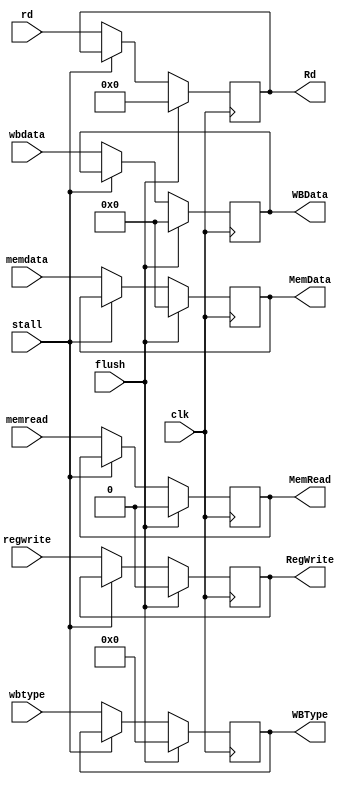
module MEM_WB
(
		input clk,                // the clock
		input stall,              // pause
		input flush,
		input [31:0] memdata,     // the input memdata
		output reg [31:0] MemData,// the output MemData
		input [3:0] wbtype,       // the input wbtype,
		output reg [3:0] WBType,  // the output WBType,
		input [31:0] wbdata,      // the input wbdata,
		output reg [31:0] WBData, // the output WBData,
		input memread,            // the input memread,
		output reg MemRead,       // the output MemRead,
		input regwrite,           // the input regwrite,
		output reg RegWrite,      // the ourput regwrite,
		input [4:0] rd,           // the input rd,
		output reg [4:0] Rd      // the output Rd
);

initial begin
	MemRead<=0;
	RegWrite<=0;
	MemData<=0;
	WBData<=0;
	WBType<=0;
	Rd<=0;
end


always @ (posedge clk)
begin
		if (stall==0)
		begin
			MemData<=memdata;
			WBType<=wbtype;
			WBData<=wbdata;
			MemRead<=memread;
			RegWrite<=regwrite;
			Rd<=rd;
		end
		if (flush==1)
		begin
			MemData<=32'h0;
			WBType<=4'h0;
			WBData<=32'h0;
			MemRead<=1'h0;
			RegWrite<=1'h0;
			Rd<=5'h0;
		end 
end 
endmodule